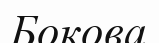
Бокова